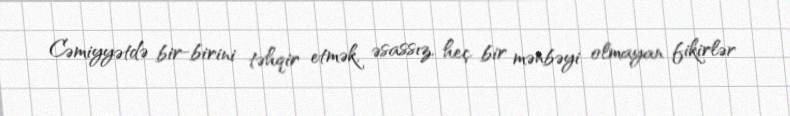
Cəmiyyətdə bir-birini təhqir etmək, əsassız, heç bir mənbəyi olmayan fikirlər